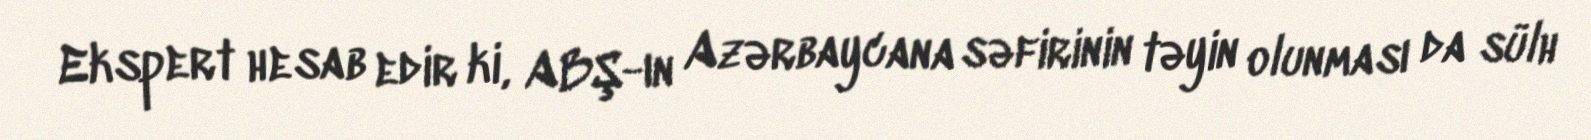
Ekspert hesab edir ki, ABŞ-ın Azərbaycana səfirinin təyin olunması da sülh